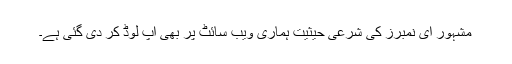
مشہور ای نمبرز کی شرعی حیثیت ہماری ویب سائٹ پر بھی اپ لوڈ کر دی گئی ہے۔